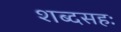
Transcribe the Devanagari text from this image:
शब्दसहः